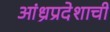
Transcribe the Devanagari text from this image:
आंध्रप्रदेशाची